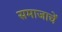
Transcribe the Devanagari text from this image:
समाजाचें